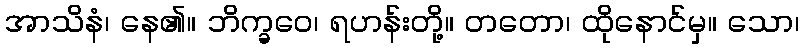
အာသိနံ၊ နေ၏။ ဘိက္ခဝေ၊ ရဟန်းတို့။ တတော၊ ထိုနောင်မှ။ သော၊